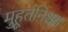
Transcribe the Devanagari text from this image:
मुहूर्तनिश्चय